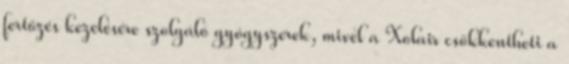
fertőzés kezelésére szolgáló gyógyszerek, mivel a Xolair csökkentheti a